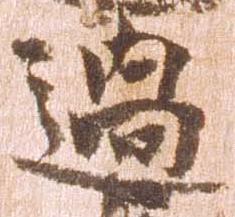
過